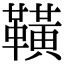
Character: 䪄